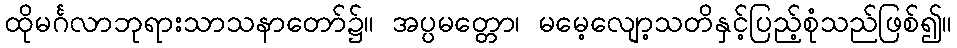
ထိုမင်္ဂလာဘုရားသာသနာတော်၌။ အပ္ပမတ္တော၊ မမေ့လျော့သတိနှင့်ပြည့်စုံသည်ဖြစ်၍။